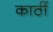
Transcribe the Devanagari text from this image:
काठीं